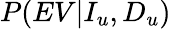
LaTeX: P(EV|I_{u},D_{u})